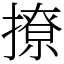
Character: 撩